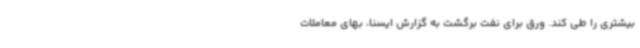
بیشتری را طی کند. ورق برای نفت برگشت به گزارش ایسنا، بهای معاملات